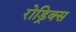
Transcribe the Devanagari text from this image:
रोड्रिक्स